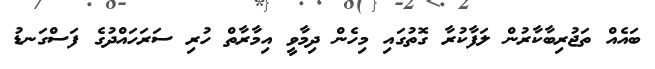
ބައެއް ތަޖުރިބާކާރުން ލަފާކުރާ ގޮތުގައި މިހެން ދިމާވީ އިމާރާތް ހުރި ސަރަހައްދުގެ ފަސްގަނޑު